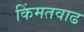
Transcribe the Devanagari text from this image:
किंमतवाढ